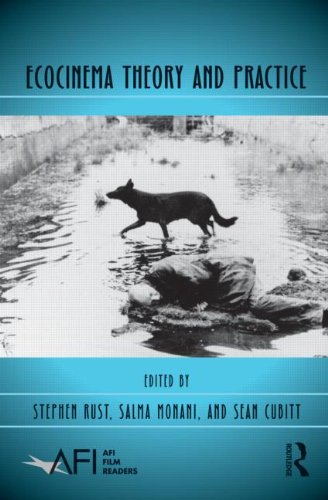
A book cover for Ecocinema Theory and Practice (AFI Film Readers); Humor & Entertainment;